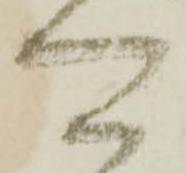
可